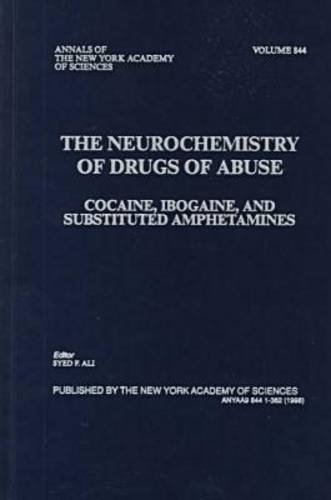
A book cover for The Neurochemistry of Drugs of Abuse: Cocaine, Ibogaine, and Substituted Amphetamines (Annals of the New York Academy of Sciences); Medical Books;